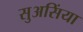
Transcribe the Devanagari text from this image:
सुअसिंया